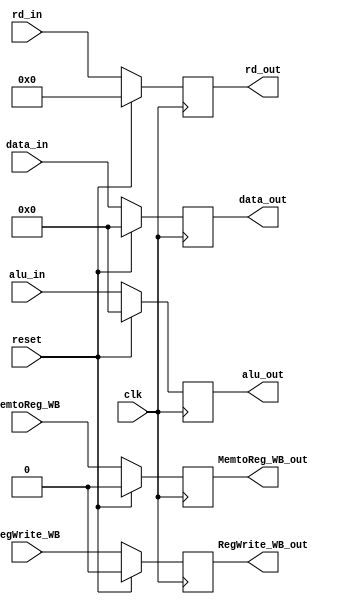
`timescale 1ns / 1ps
//////////////////////////////////////////////////////////////////////////////////
// Company: 
// Engineer: 
// 
// Design Name: 
// Module Name: mem_wb
// Project Name: 
// Target Devices: 
// Tool Versions: 
// Description: 
// 
// Dependencies: 
// 
// Revision:
// Revision 0.01 - File Created
// Additional Comments:
// 
//////////////////////////////////////////////////////////////////////////////////


module mem_wb(input clk, reset,
              input MemtoReg_WB, RegWrite_WB,
              input [31:0] data_in,
              input [31:0] alu_in,
              input [4:0] rd_in,
              output reg MemtoReg_WB_out, RegWrite_WB_out,
              output reg [31:0] data_out,
              output reg [31:0] alu_out,
              output reg [4:0] rd_out);
    always@(posedge clk)
    begin
        if (reset)
            begin
                MemtoReg_WB_out <= 1'b0;
                RegWrite_WB_out <= 1'b0;
                data_out <= 32'b0;
                alu_out <= 32'b0;
                rd_out <= 5'b0;
            end
        else
            begin
                MemtoReg_WB_out <= MemtoReg_WB;
                RegWrite_WB_out <= RegWrite_WB;
                data_out <= data_in;
                alu_out <= alu_in;
                rd_out <= rd_in;
            end
    end           
endmodule